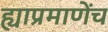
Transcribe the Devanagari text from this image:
ह्याप्रमाणेंच